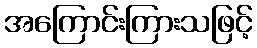
အကြောင်းကြားသဖြင့်